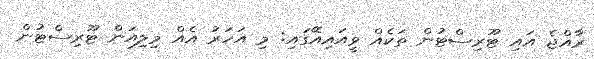
ރާއްޖެ އައި ޓޫރިސްޓުން ތަކެއް ވީއައިއޭގައި: މި އަހަރު އެއް މިލިއަން ޓޫރިސްޓުން